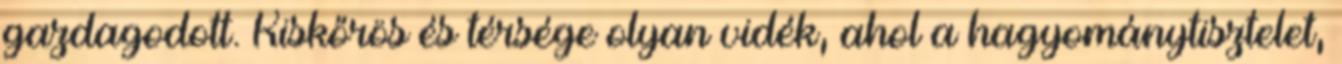
gazdagodott. Kiskőrös és térsége olyan vidék, ahol a hagyománytisztelet,